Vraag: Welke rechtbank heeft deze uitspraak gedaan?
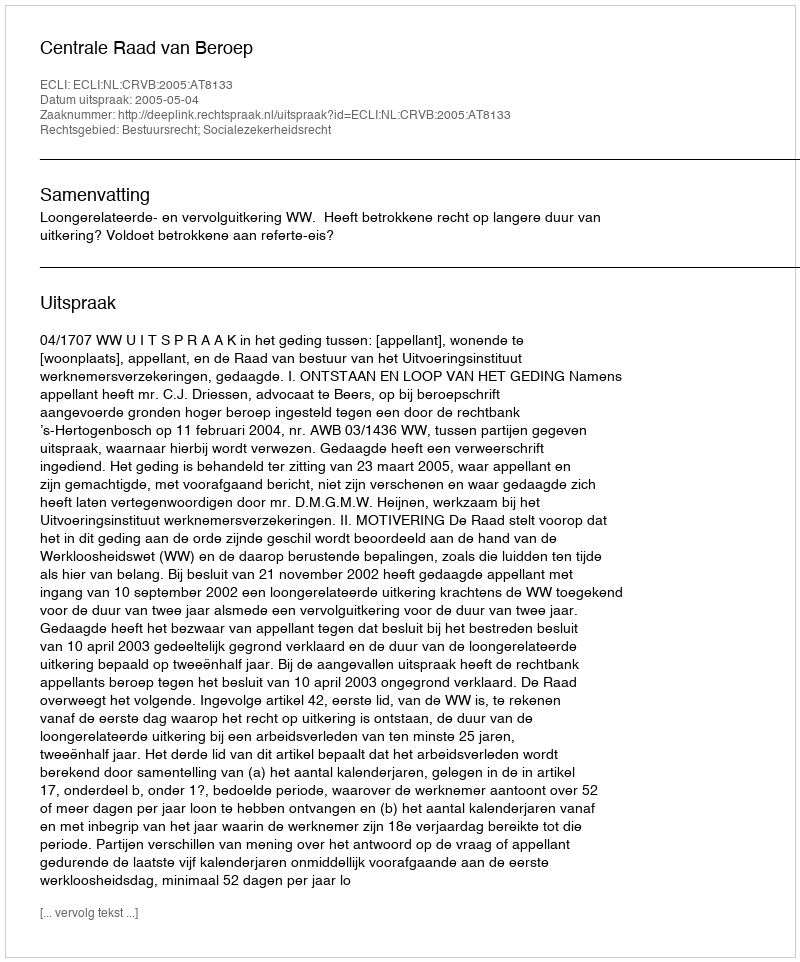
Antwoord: Centrale Raad van Beroep